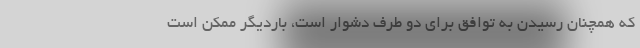
که همچنان رسیدن به توافق برای دو طرف دشوار است، باردیگر ممکن است